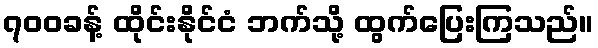
၇၀၀ခန့် ထိုင်းနိုင်ငံ ဘက်သို့ ထွက်ပြေးကြသည်။